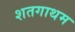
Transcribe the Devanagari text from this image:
शतगाथम